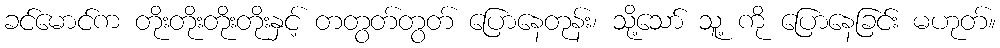
ခင်မောင်က တိုးတိုးတိုးတိုးနှင့် တတွတ်တွတ် ပြောနေတုန်း၊ သို့သော် သူ့ ကို ပြောနေခြင်း မဟုတ်။